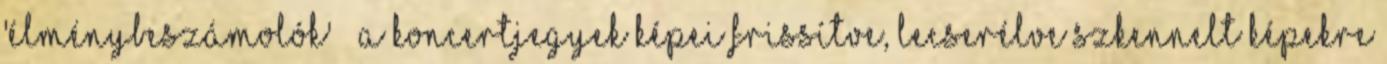
'Élménybeszámolók' » a koncertjegyek képei frissítve, lecserélve szkennelt képekre